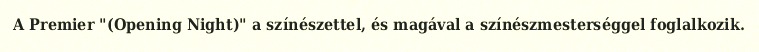
A Premier "(Opening Night)" a színészettel, és magával a színészmesterséggel foglalkozik.